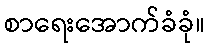
စာရေးအောက်ခံခုံ။